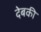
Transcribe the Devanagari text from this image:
देबकी